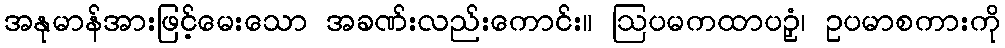
အနုမာန်အားဖြင့်မေးသော အခဏ်းလည်းကောင်း။ ဩပမကထာပဉှံ၊ ဥပမာစကားကို